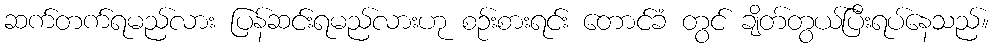
ဆက်တက်ရမည်လား ပြန်ဆင်းရမည်လားဟု စဉ်းစားရင်း တောင်ခံ တွင် ချိတ်တွယ်ပြီးရပ်နေသည်။